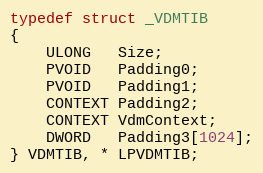
Language: C
typedef struct _VDMTIB
{
	ULONG   Size;
	PVOID   Padding0;
	PVOID   Padding1;
	CONTEXT Padding2;
	CONTEXT VdmContext;
	DWORD   Padding3[1024];
} VDMTIB, * LPVDMTIB;